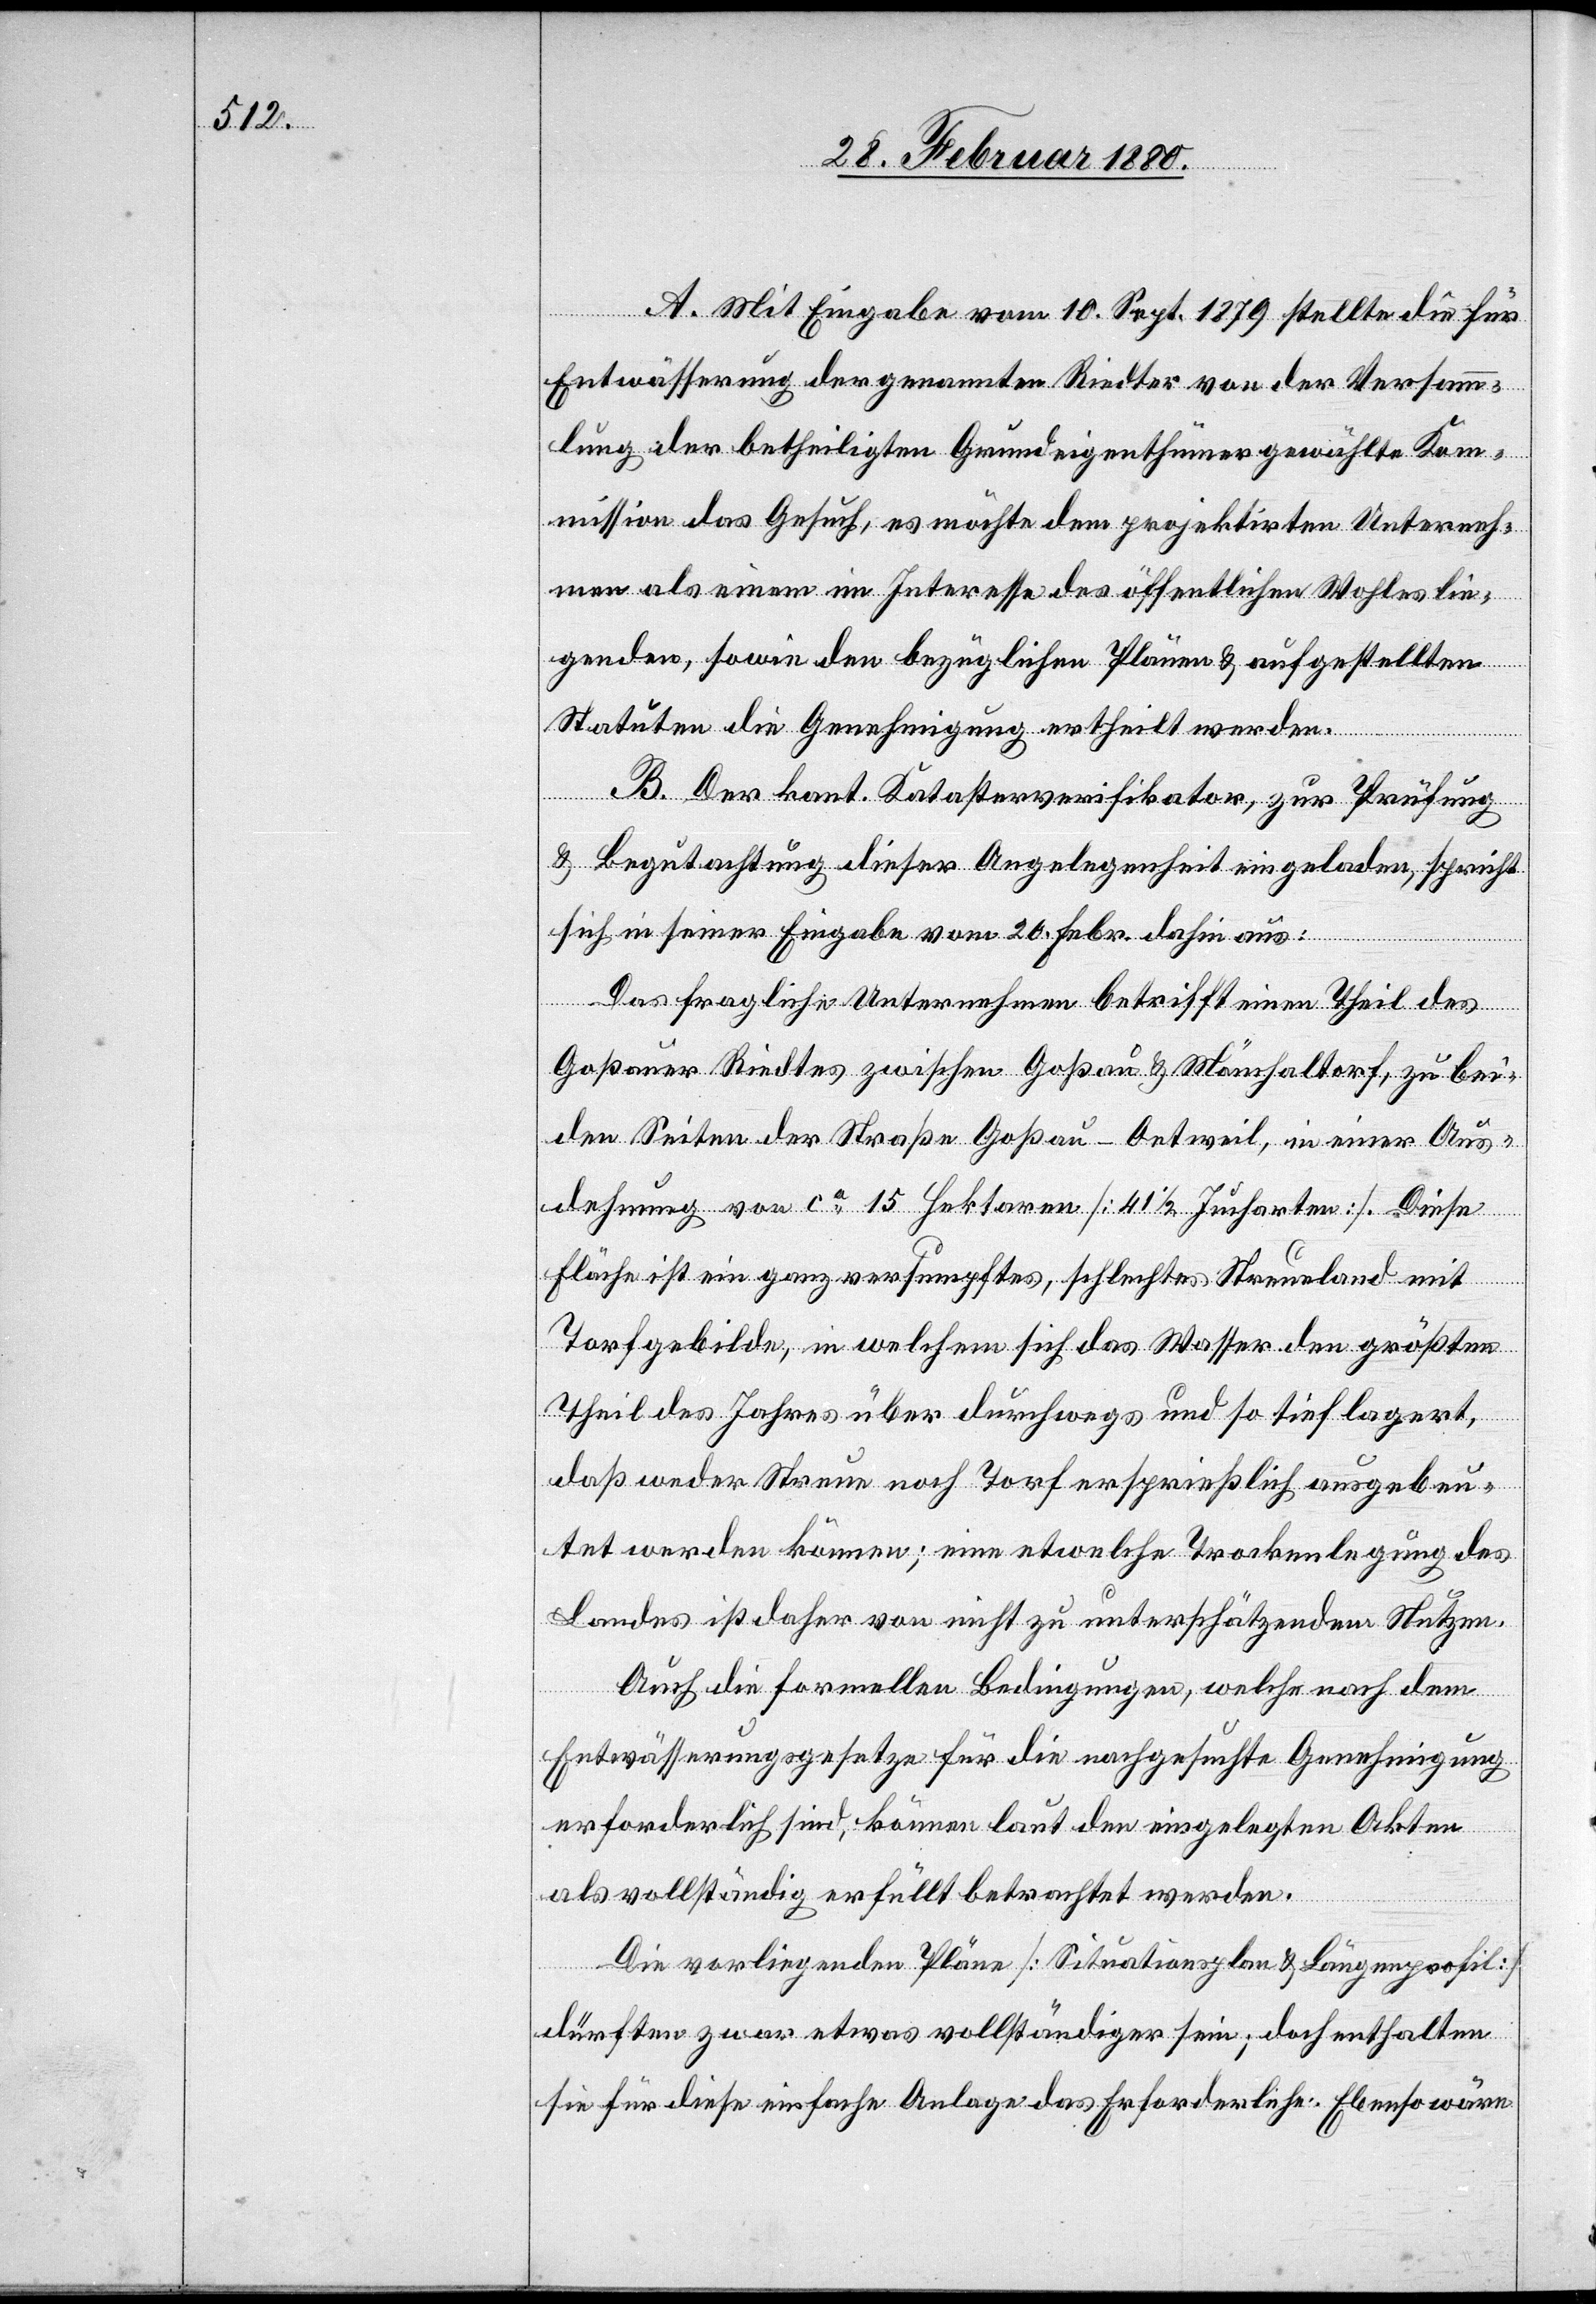
A. Mit Eingabe vom 10. Sept. 1879 stellte die für
Entwässerung der genannten Riedter von der Versamm¬
lung der betheiligten Grundeigenthümer gewählte Kom¬
mission das Gesuch, es möchte dem projektirten Unterneh¬
men als einem im Interesse des öffentlichen Wohles lie¬
genden, sowie den bezüglichen Plänen & aufgestellten
Statuten die Genehmigung ertheilt werden.
B. Der kant. Katasterverifikator, zur Prüfung
& Begutachtung dieser Angelegenheit eingeladen, spricht
sich in seiner Eingabe vom 20. Febr. dahin aus:
Das fragliche Unternehmen betrifft einen Theil des
Goßauer Riedtes zwischen Goßau & Mönchaltorf, zu bei¬
den Seiten der Straße Goßau–Oetweil, in einer Aus¬
dehnung von ca 15 Hektaren [41 1/2 Jucharte]. Diese
Fläche ist ein ganz versumpftes, schlechtes Streueland mit
Torfgebilde, in welchem sich das Wasser den größten
Theil des Jahres über durchwegs und so tief lagert,
daß weder Streue noch Torf ersprießlich ausgebeu¬
tet werden können; eine etwelche Trockenlegung des
Landes ist daher von nicht zu unterschätzendem Nutzen.
Auch die formellen Bedingungen, welche nach dem
Entwässerungsgesetze für die nachgesuchte Genehmigung
erforderlich sind, können laut den eingelegten Akten
als vollständig erfüllt betrachtet werden.
Die vorliegenden Pläne [Situationsplan & Langenprofil]
dürften zwar etwas vollständiger sein; doch enthalten
sie für diese einfache Anlage das Erforderliche. Ebenso wäre